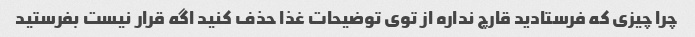
چرا چیزی که فرستادید قارچ نداره از توی توضیحات غذا حذف کنید اگه قرار نیست بفرستید